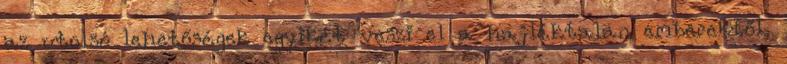
az utolsó lehetőségek egyikét veszi el a hajléktalan emberektől,